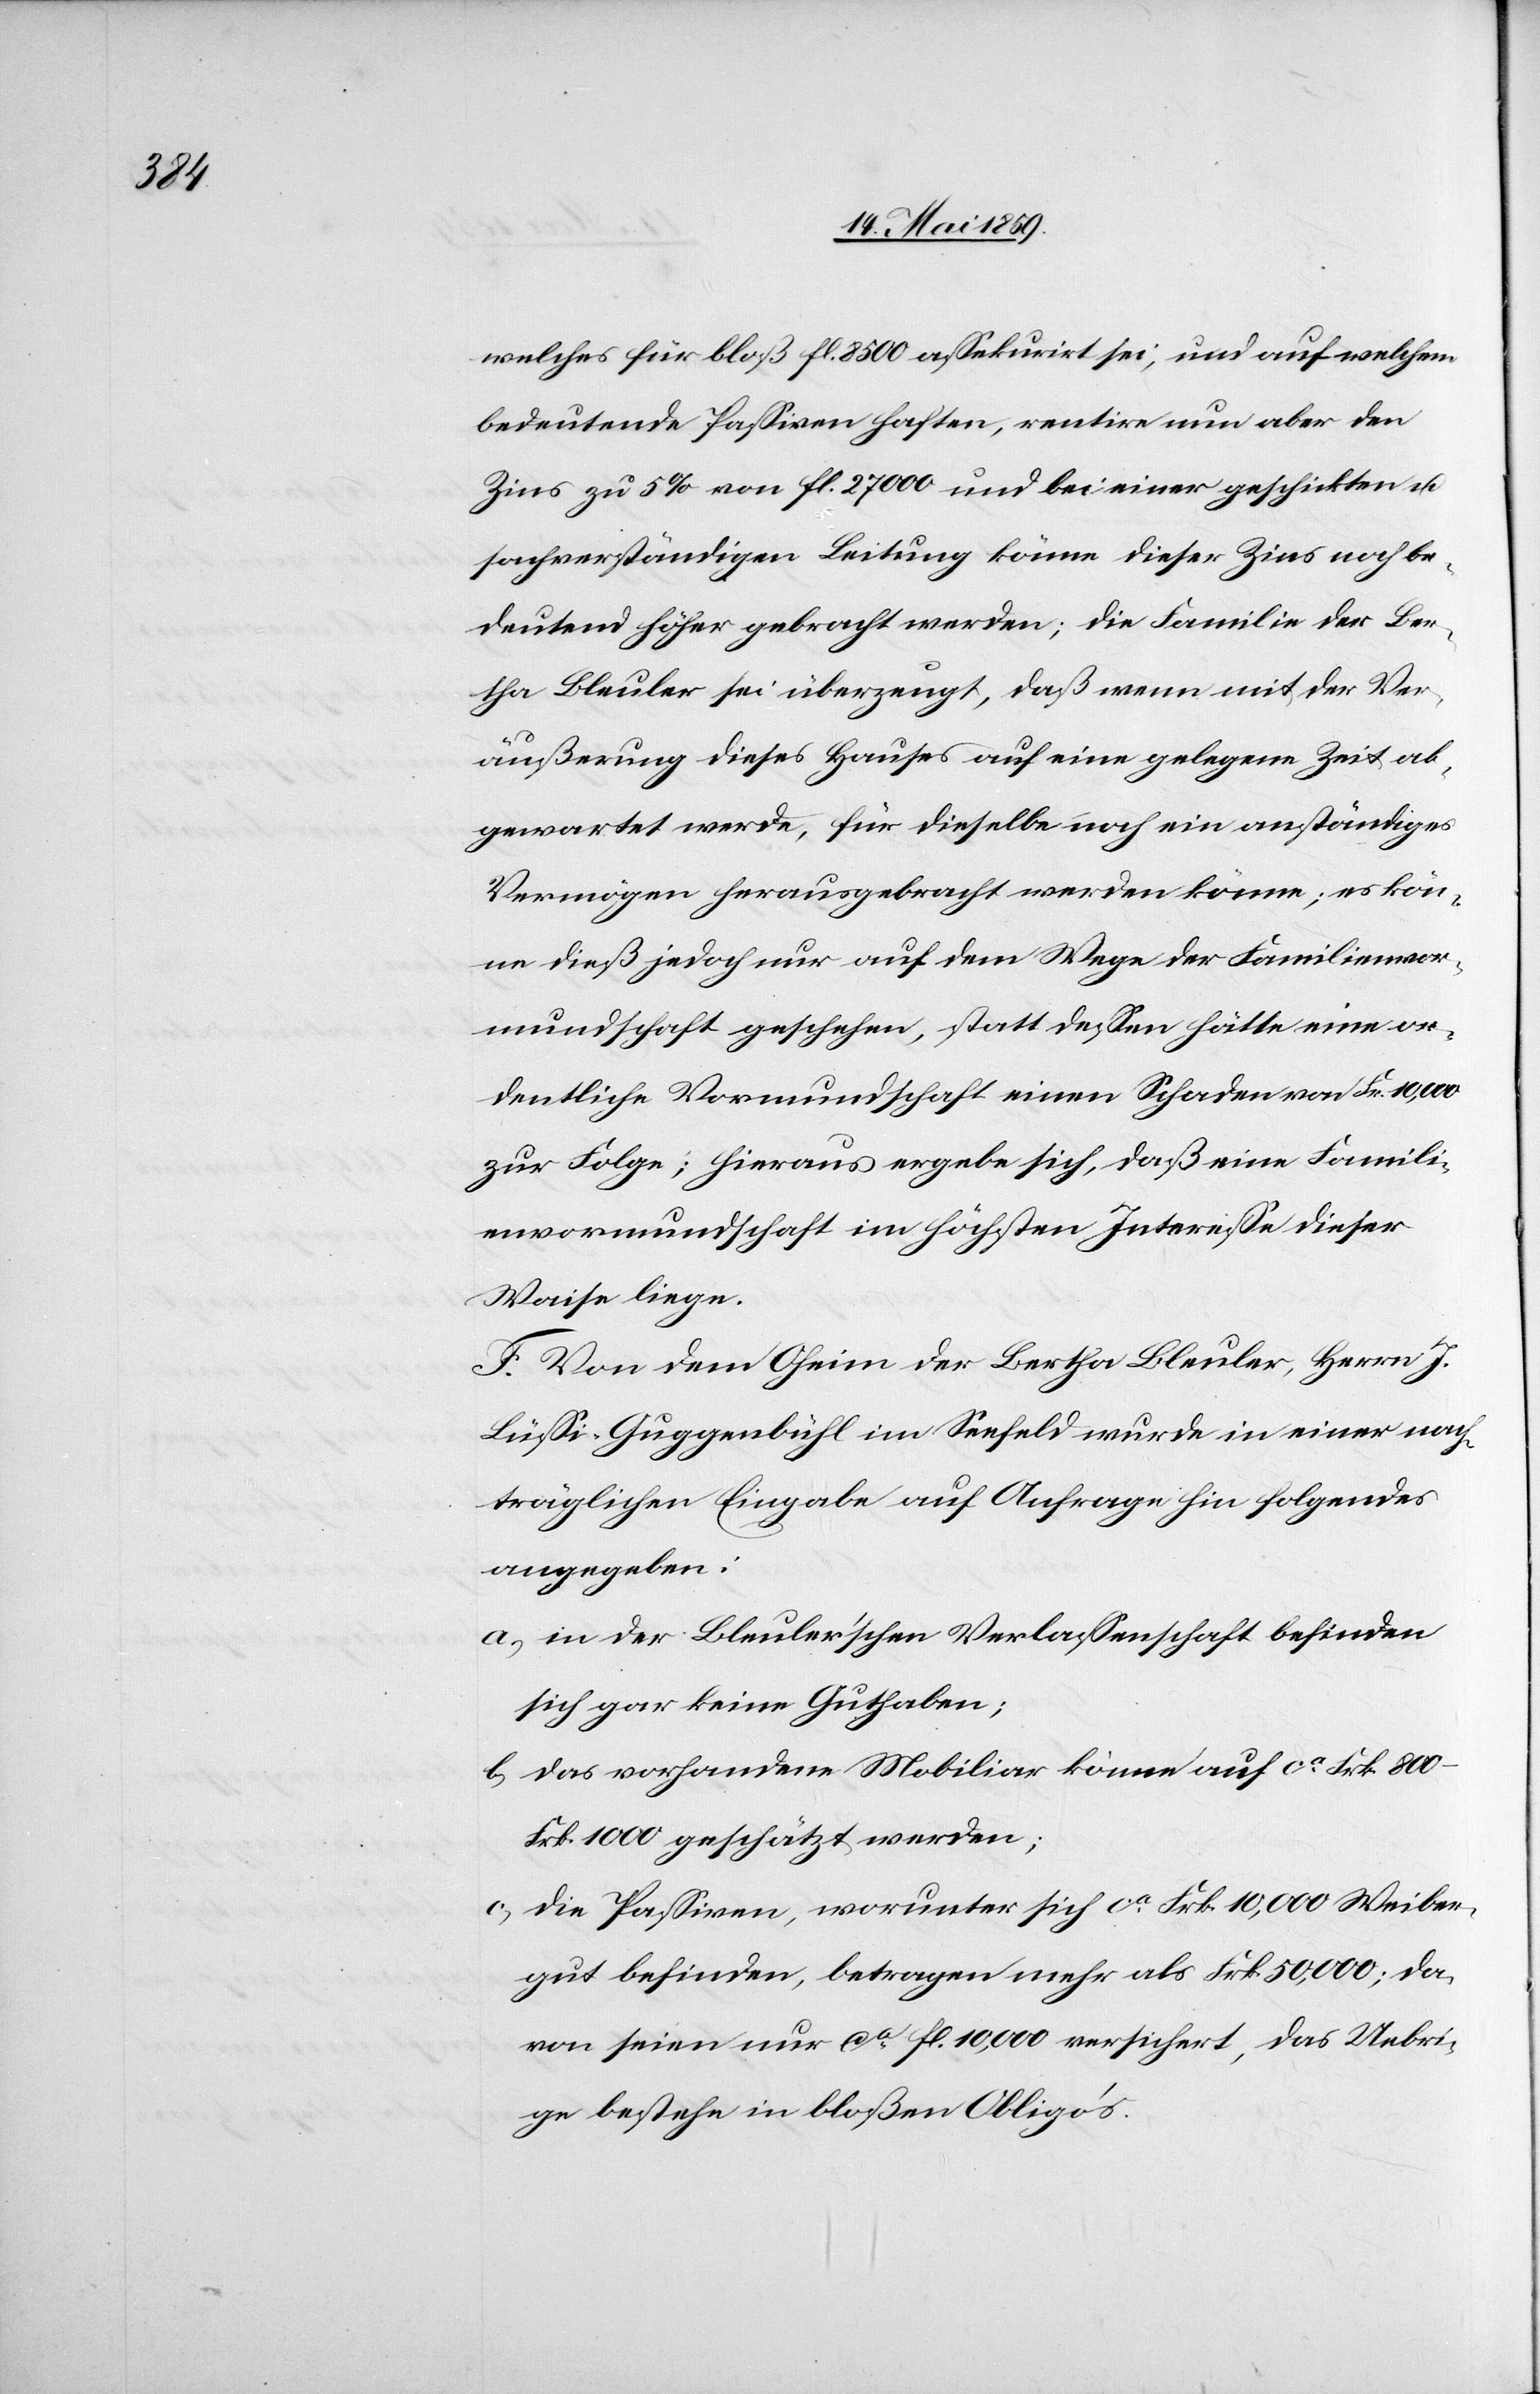
welches für bloß fl. 8500 aßekurirt sei, und auf welchem
bedeutende Paßiven haften, rentire nun aber den
Zins zu 5% von fl. 27 000 und bei einer geschickten u.
sachverständigen Leitung könne dieser Zins noch be¬
deutend höher gebracht werden; die Familie der Ber¬
tha Bleuler sei überzeugt, daß wenn mit der Ver¬
äußerung dieses Hauses auf eine gelegene Zeit ab¬
gewartet werde, für dieselbe noch ein anständiges
Vermögen herausgebracht werden könne; es kön¬
ne dieß jedoch nur auf dem Wege der Familienvor¬
mundschaft geschehen, statt deßen hätte eine or¬
dentliche Vormundschaft einen Schaden von Frk. 10,000
zur Folge; hieraus ergebe sich, daß eine Famili¬
envormundschaft im höchsten Intereße dieser
Waise liege.
F. Von dem Oheim der Bertha Bleuler, Herrn J.
Lüßi-Guggenbühl im Seefeld wurde in einer nach¬
träglichen Eingabe auf Anfrage hin folgendes
angegeben:
a) in der Bleuler’schen Verlaßenschaft befinden
sich gar keine Guthaben;
b) das vorhandene Mobiliar könne auf ca Frk. 800‒F¬
rk. 1000 geschätzt werden;
c) die Paßiven, worunter sich ca Frk. 10,000 Weiber¬
gut befinden, betragen mehr als Frk. 50,000; da¬
von seien nur ca fl. 10,000 versichert, das Uebri¬
ge bestehe in bloßen Obligo’s.